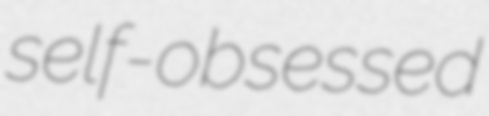
self-obsessed